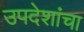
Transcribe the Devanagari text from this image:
उपदेशांचा